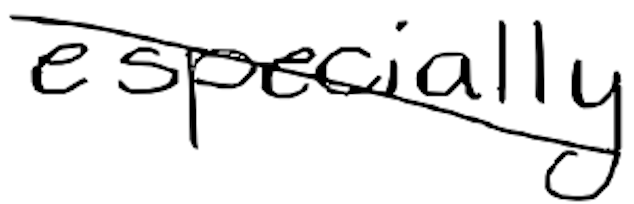
Text: especially
Cross-out: diagonal
Writing tool: digital_black